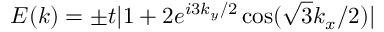
E ( k ) = \pm t | 1 + 2 e ^ { i 3 k _ { y } / 2 } \cos ( \sqrt { 3 } k _ { x } / 2 ) |